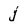
Character: j